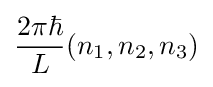
{\frac {2\pi \hbar }{L}}(n_{1},n_{2},n_{3})